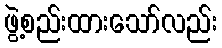
ဖွဲ့စည်းထားသော်လည်း